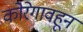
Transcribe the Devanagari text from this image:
कोरेगावहून